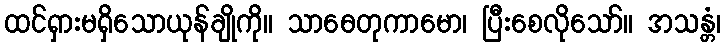
ထင်ရှားမရှိသောယုန်ချိုကို။ သာဓေတုကာမော၊ ပြီးစေလိုသော်။ အသန္တံ၊